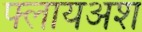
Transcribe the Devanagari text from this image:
फ्लायअश